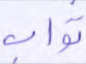
ثواب